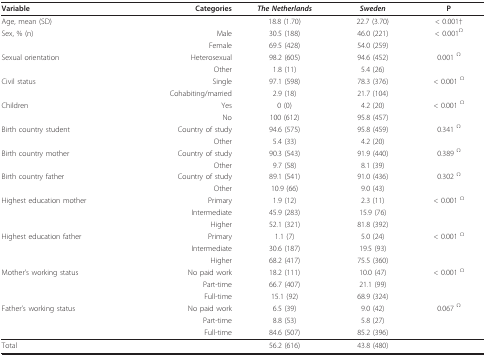
<table><thead><tr><td><b>Variable</b></td><td><b>Categories</b></td><td><b><i>The Netherlands</i></b></td><td><b><i>Sweden</i></b></td><td><b>P</b></td></tr></thead><tbody><tr><td>Age, mean (SD)</td><td></td><td>18.8 (1.70)</td><td>22.7 (3.70)</td><td>&lt; 0.001†</td></tr><tr><td>Sex, % (n)</td><td>Male</td><td>30.5 (188)</td><td>46.0 (221)</td><td>&lt; 0.001<sup>Ω</sup></td></tr><tr><td></td><td>Female</td><td>69.5 (428)</td><td>54.0 (259)</td><td></td></tr><tr><td>Sexual orientation</td><td>Heterosexual</td><td>98.2 (605)</td><td>94.6 (452)</td><td>0.001 <sup>Ω</sup></td></tr><tr><td></td><td>Other</td><td>1.8 (11)</td><td>5.4 (26)</td><td></td></tr><tr><td>Civil status</td><td>Single</td><td>97.1 (598)</td><td>78.3 (376)</td><td>&lt; 0.001 <sup>Ω</sup></td></tr><tr><td></td><td>Cohabiting/married</td><td>2.9 (18)</td><td>21.7 (104)</td><td></td></tr><tr><td>Children</td><td>Yes</td><td>0 (0)</td><td>4.2 (20)</td><td>&lt; 0.001 <sup>Ω</sup></td></tr><tr><td></td><td>No</td><td>100 (612)</td><td>95.8 (457)</td><td></td></tr><tr><td>Birth country student</td><td>Country of study</td><td>94.6 (575)</td><td>95.8 (459)</td><td>0.341 <sup>Ω</sup></td></tr><tr><td></td><td>Other</td><td>5.4 (33)</td><td>4.2 (20)</td><td></td></tr><tr><td>Birth country mother</td><td>Country of study</td><td>90.3 (543)</td><td>91.9 (440)</td><td>0.389 <sup>Ω</sup></td></tr><tr><td></td><td>Other</td><td>9.7 (58)</td><td>8.1 (39)</td><td></td></tr><tr><td>Birth country father</td><td>Country of study</td><td>89.1 (541)</td><td>91.0 (436)</td><td>0.302 <sup>Ω</sup></td></tr><tr><td></td><td>Other</td><td>10.9 (66)</td><td>9.0 (43)</td><td></td></tr><tr><td>Highest education mother</td><td>Primary</td><td>1.9 (12)</td><td>2.3 (11)</td><td>&lt; 0.001 <sup>Ω</sup></td></tr><tr><td></td><td>Intermediate</td><td>45.9 (283)</td><td>15.9 (76)</td><td></td></tr><tr><td></td><td>Higher</td><td>52.1 (321)</td><td>81.8 (392)</td><td></td></tr><tr><td>Highest education father</td><td>Primary</td><td>1.1 (7)</td><td>5.0 (24)</td><td>&lt; 0.001 <sup>Ω</sup></td></tr><tr><td></td><td>Intermediate</td><td>30.6 (187)</td><td>19.5 (93)</td><td></td></tr><tr><td></td><td>Higher</td><td>68.2 (417)</td><td>75.5 (360)</td><td></td></tr><tr><td>Mother&#x27;s working status</td><td>No paid work</td><td>18.2 (111)</td><td>10.0 (47)</td><td>&lt; 0.001 <sup>Ω</sup></td></tr><tr><td></td><td>Part-time</td><td>66.7 (407)</td><td>21.1 (99)</td><td></td></tr><tr><td></td><td>Full-time</td><td>15.1 (92)</td><td>68.9 (324)</td><td></td></tr><tr><td>Father&#x27;s working status</td><td>No paid work</td><td>6.5 (39)</td><td>9.0 (42)</td><td>0.067 <sup>Ω</sup></td></tr><tr><td></td><td>Part-time</td><td>8.8 (53)</td><td>5.8 (27)</td><td></td></tr><tr><td></td><td>Full-time</td><td>84.6 (507)</td><td>85.2 (396)</td><td></td></tr><tr><td>Total</td><td></td><td>56.2 (616)</td><td>43.8 (480)</td><td></td></tr></tbody></table>